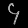
Digit: ၄